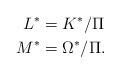
LaTeX: \begin{align*}L^* &= K^*/\Pi \\M^* &= \Omega^*/\Pi. \end{align*}